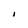
Character: I